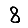
Digit: 8